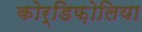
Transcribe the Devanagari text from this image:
कोर्डिफ़ोलिया